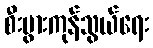
စီးပွားကုန်သွယ်ရေး